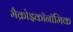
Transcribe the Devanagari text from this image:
मैक्रोइकॉनॉमिक